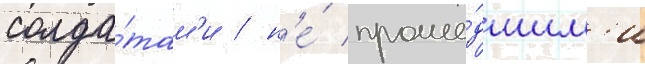
солда́там'и / н'е́ проше́дшим'и